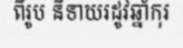
ពីរូប និទាឃរដូវឆ្នាំកុរ